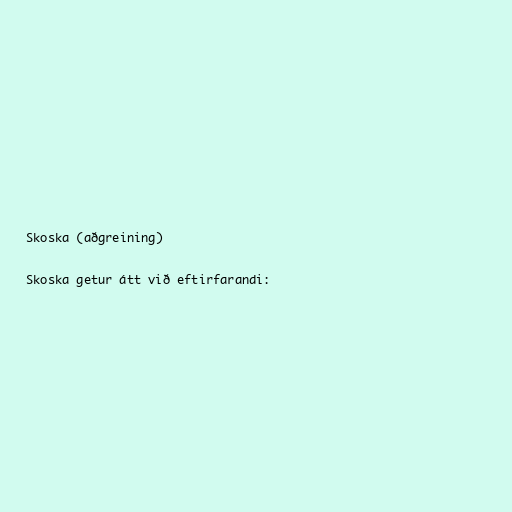
Skoska (aðgreining)

Skoska getur átt við eftirfarandi: